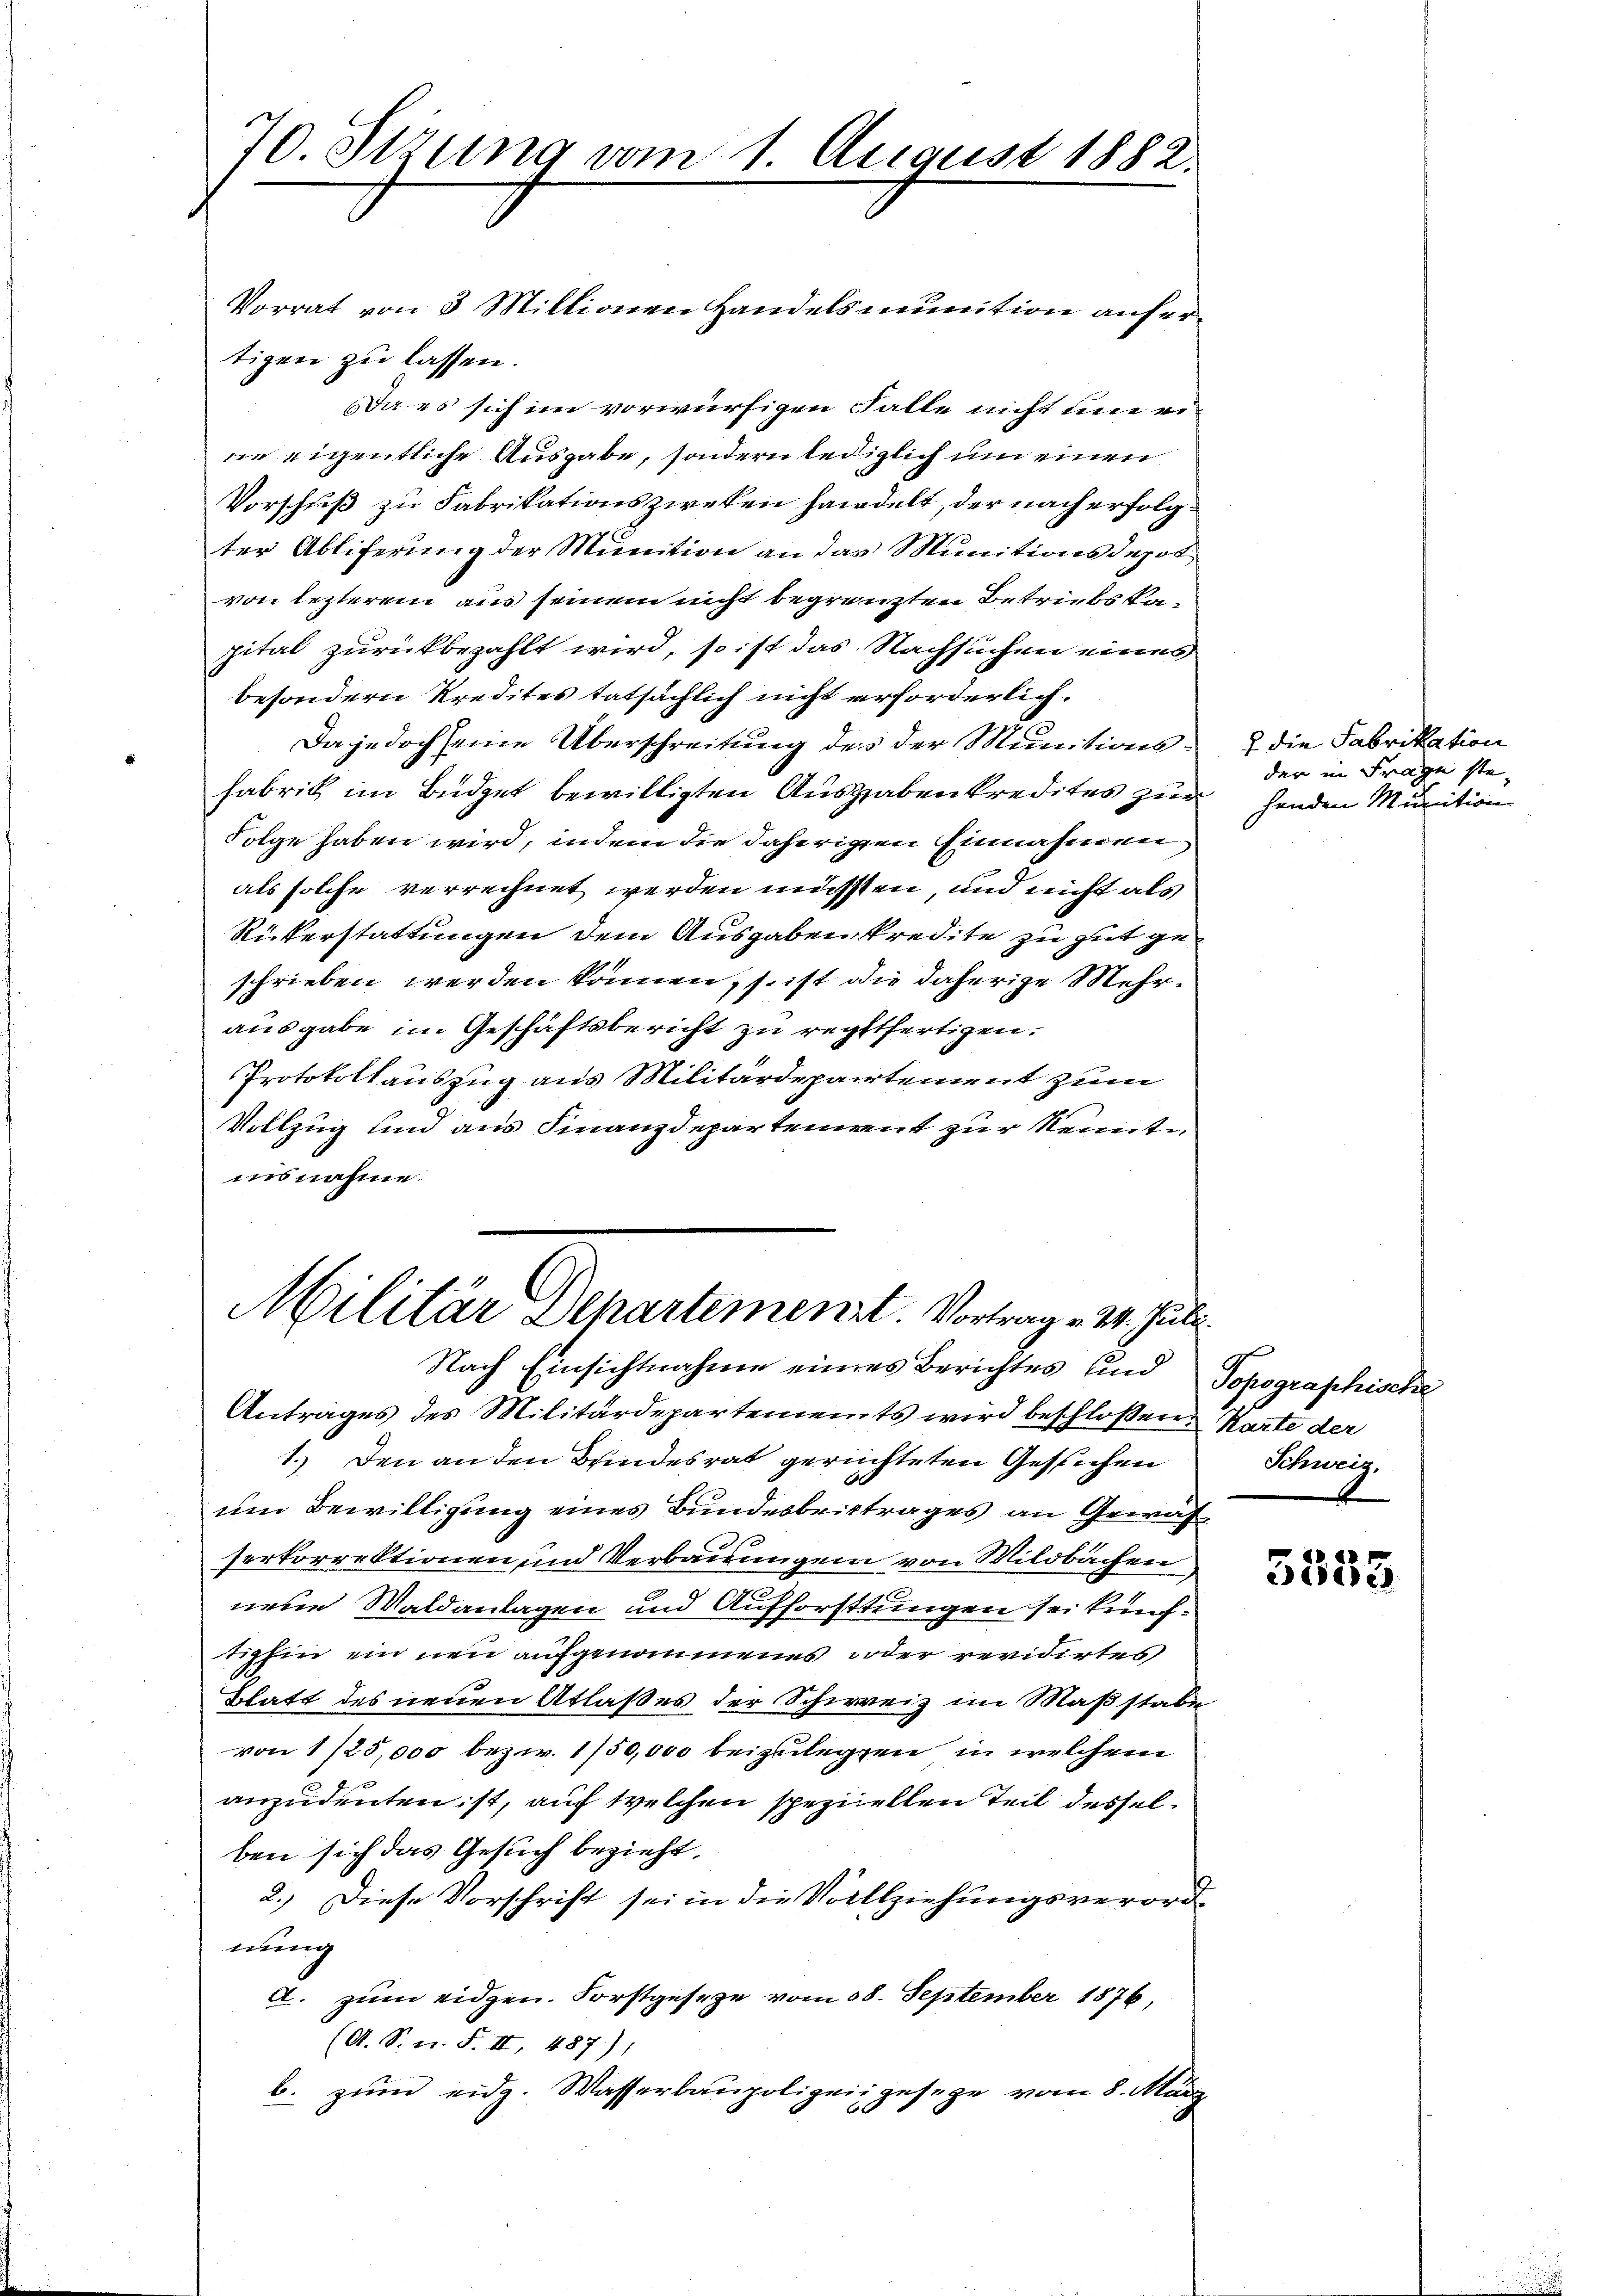
70. Sizung vom 1. August 1882.

tigen zu lassen.
Da es sich im vorwürfigen Falle nicht une ernie eigentliche Ausgabe, sondern lediglich um einen
Vorschuß zu Fabrikationszweken handelt, der nach erfolgter Abliferung der Munition an das Munitionsdepot
von lezterem aus seinem nicht begränzten Betriebskapital zurückbezahlt wird, so ist das Nachsuchen eines
besondern Kredites tatsächlich nicht erforderlich.
Da jedoch seine Überschreitung des der Munitionsfabrik im Büdget bewilligten Ausgabenkredites zur
Folge haben wird, indem die daherigen Einnahmen,
als solche verrechnet werden müssten, und nicht als
Rükerstattungen dem Ausgaben Predite zu gut geschrieben werden können, so ist die daherige Mehrausgabe im Geschäftsbericht zu rechtfertigen.
Protokollauszug aus Militärdepartement zum
Vollzug und aus Finanzdepartement zur Kenntn
insnahme.

Vorrat von 3 Millionen Handelsmunition anfer¬

Militär Separtement. Vortrag v. 24. Juli.
Nach Einsichtnahme eines Berichtes und Topographische
Antrages des Militärdepartements wird beschloßen: Karte der

1.) Den an den Beindesrat gerichteten Gesuchen
um Bewilligung eines Bundesbeittrages an Gewähserkorrektionen und Verbauungen von Mildbachen
neue Waldanlagen und Aufforsttungen sei künftighin ein neu aufgenommenes oder revidirtes
Blatt des neuen Atlaßes der Schweiz im Maßstabe
von 1/25,000 bezw. 1/50,000 beizulegen, in welchem
anzudeuten ist, auf welchen speziellen Teil desselben sich das Gesuch bezieht,
2.) Diese Vorschrift sei in die Vollziehungsverordnung
A. zum eidgen. Forstgesetze vom 18. September 1876,
(A. S. n. F. II, 487)
b. zum eidg. Wasserbaupolizeiigesege vom 8. März
.

2 die Fabrikation
der in Frage stehenden Munition

Kleinig.

3553